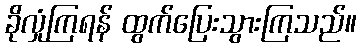
ခိုလှုံကြရန် ထွက်ပြေးသွားကြသည်။